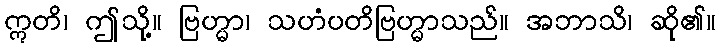
ဣတိ၊ ဤသို့။ ဗြဟ္မာ၊ သဟံပတိဗြဟ္မာသည်။ အဘာသိ၊ ဆို၏။